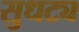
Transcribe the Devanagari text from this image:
सुधट्य